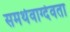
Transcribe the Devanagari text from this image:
समर्थवाग्देवता